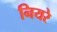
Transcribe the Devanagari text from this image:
नियरे